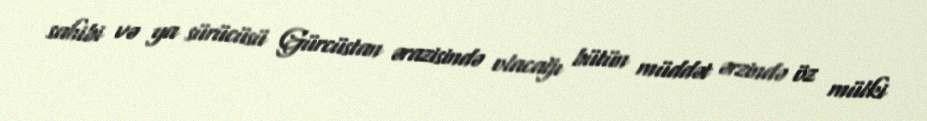
sahibi və ya sürücüsü Gürcüstan ərazisində olacağı bütün müddət ərzində öz mülki